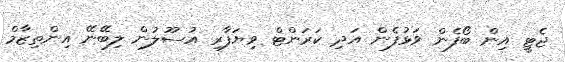
ޖެޓީ އިން ބޯފެން ވަޅުފެން އަދި ކަރަންޓް ވިޔަފާރި އުސޫލުން ލިބޭނޭ އިންތިޒާމް